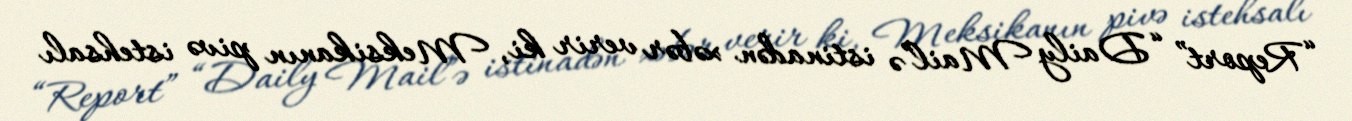
“Report” “Daily Mail”ə istinadən xəbər verir ki, Meksikanın pivə istehsalı